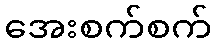
အေးစက်စက်